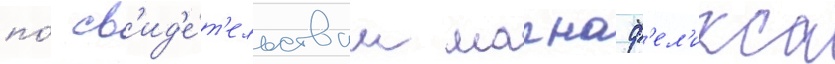
по́ св'ид'е́т'ельствам магна ф'ел'икса